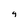
Character: 9